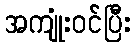
အကျုံးဝင်ပြီး